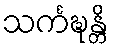
သင်္ကဍ္ဎန္တိ